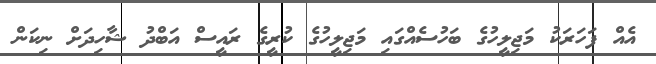
އެއް ފަހަރަކު މަޖިލީހުގެ ބަހުސެއްގައި މަޖިލީހުގެ ކުރީގެ ރައީސް އަބްދު ޝާހިދަށް ނިކަން